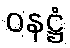
ဝနဋ္ဌံ